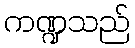
ကဏ္ဍသည်